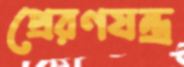
প্রেরণযন্ত্র